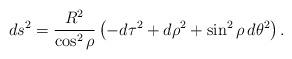
LaTeX: \begin{align*}ds^2 = \frac{R^2}{\cos^2{\rho}} \left(-d\tau^2 + d\rho^2 + \sin^2{\rho} \, d\theta^2 \right).\end{align*}